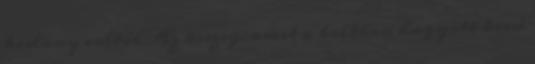
kislány voltál Az összeg, amit a boltban hagyott kissé